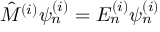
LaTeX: { \hat { M } } ^ { ( i ) } \psi _ { n } ^ { ( i ) } = E _ { n } ^ { ( i ) } \psi _ { n } ^ { ( i ) }